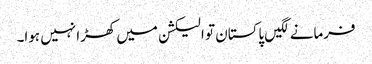
فرمانے لگیں پاکستان تو الیکشن میں کھڑا نہیں ہوا۔